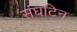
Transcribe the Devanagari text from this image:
संघटिन